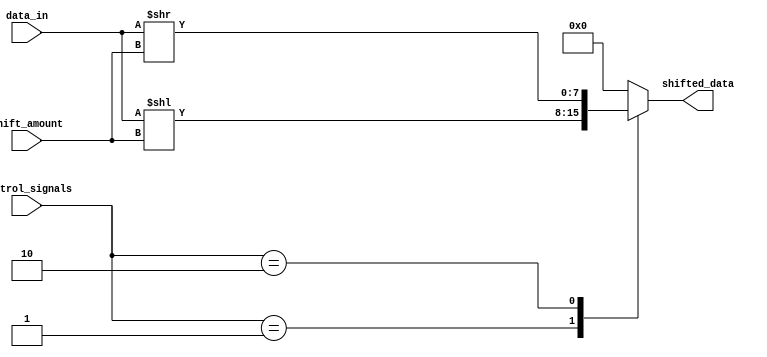
module Sparse_Barrel_Shifter (
    input [7:0] data_in,
    input [3:0] shift_amount,
    input [7:0] control_signals,
    output reg [7:0] shifted_data
);

always @ (data_in or shift_amount or control_signals)
begin
    case (control_signals)
        4'b0001: shifted_data = data_in << shift_amount;
        4'b0010: shifted_data = data_in >> shift_amount;
        // Add more cases for different shifting patterns
        default: shifted_data = 8'b00000000; // Default case for no shifting
    endcase
end

endmodule